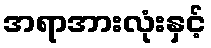
အရာအားလုံးနှင့်